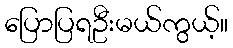
ပြောပြရဦးမယ်ကွယ့်။